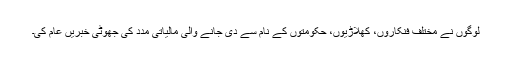
لوگوں نے مختلف فنکاروں، کھلاڑیوں، حکومتوں کے نام سے دی جانے والی مالیاتی مدد کی جھوٹی خبریں عام کی۔